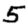
Digit: 5